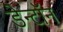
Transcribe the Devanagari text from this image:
डेन्टॉन